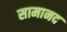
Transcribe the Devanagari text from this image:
सामानद